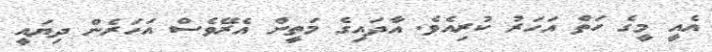
އެއީ މީގެ ހަތް އަހަރު ކުރިއެވެ. އާދައިގެ މަތީން އެރޭވެސް އަހަރެން ދިޔައީ